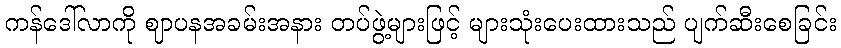
ကန်ဒေါ်လာကို ဈာပနအခမ်းအနား တပ်ဖွဲ့များဖြင့် များသုံးပေးထားသည် ပျက်ဆီးစေခြင်း